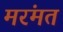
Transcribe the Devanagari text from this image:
मरंमत